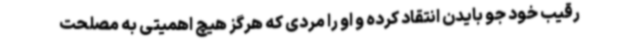
رقیب خود جو بایدن انتقاد کرده و او را مردی که هرگز هیچ اهمیتی به مصلحت